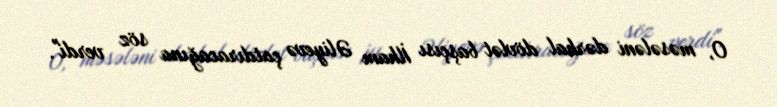
O, məsələni dərhal dövlət başçısı İlham Əliyevə çatdıracağına söz verdi".